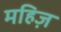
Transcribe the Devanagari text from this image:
महिज़